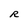
Character: R